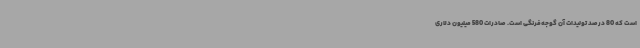
است که 80 درصد تولیدات آن گوجه‌فرنگی است. صادرات 580 میلیون دلاری